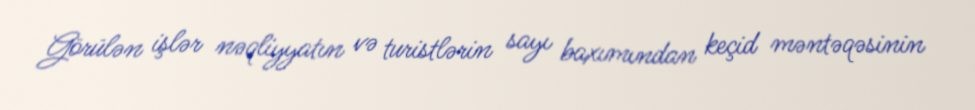
Görülən işlər nəqliyyatın və turistlərin sayı baxımından keçid məntəqəsinin